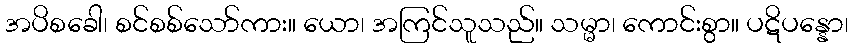
အပိစခေါ၊ စင်စစ်သော်ကား။ ယော၊ အကြင်သူသည်။ သမ္မာ၊ ကောင်းစွာ။ ပဋိပန္နော၊